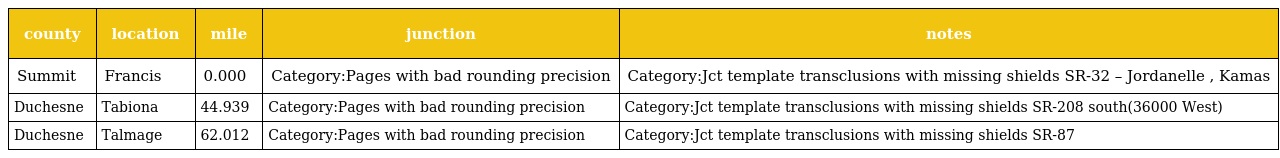
| county | location | mile | junction | notes |
 | --- | --- | --- | --- | --- |
 | Summit | Francis | 0.000 | Category:Pages with bad rounding precision | Category:Jct template transclusions with missing shields SR-32 – Jordanelle , Kamas |
 | Duchesne | Tabiona | 44.939 | Category:Pages with bad rounding precision | Category:Jct template transclusions with missing shields SR-208 south(36000 West) |
 | Duchesne | Talmage | 62.012 | Category:Pages with bad rounding precision | Category:Jct template transclusions with missing shields SR-87 |